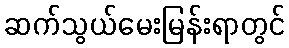
ဆက်သွယ်မေးမြန်းရာတွင်